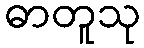
ဓာတူသု